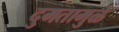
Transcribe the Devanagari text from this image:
दुमतामुळे